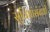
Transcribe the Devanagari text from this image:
सुविधांसंबंधी